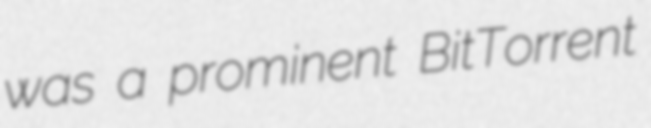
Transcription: was a prominent BitTorrent